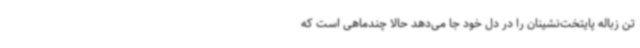
تن زباله پایتخت‌نشینان را در دل خود جا می‌دهد حالا چند‌ماهی است که